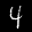
Label: 4